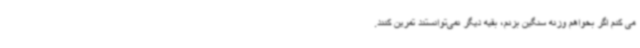
می کنم اگر بخواهم وزنه سنگین بزنم، بقیه دیگر نمی‌توانستند تمرین کنند.